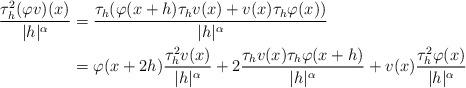
LaTeX: \begin{align*} \frac{\tau^2_h(\varphi v)(x)}{|h|^\alpha} & = \frac{\tau_h(\varphi(x+h) \tau_hv(x)+v(x) \tau_h\varphi(x))}{|h|^\alpha} \\ &=\varphi(x+2h)\frac{\tau^2_hv(x)}{|h|^\alpha}+2 \frac{\tau_hv(x)\tau_h\varphi(x+h)}{|h|^\alpha}+v(x) \frac{\tau^2_{h}\varphi(x)}{|h|^\alpha} \end{align*}